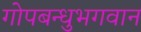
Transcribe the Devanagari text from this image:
गोपबन्धुभगवान